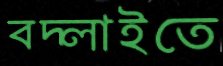
বদ্‌লাইতে